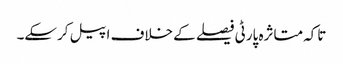
تاکہ متاثرہ پارٹی فیصلے کے خلاف اپیل کرسکے۔